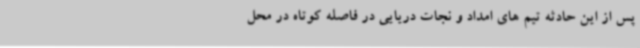
پس از این حادثه تیم های امداد و نجات دریایی در فاصله کوتاه در محل